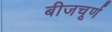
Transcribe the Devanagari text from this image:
बीजचूर्ण